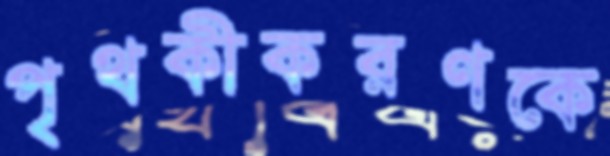
পৃথকীকরণকে